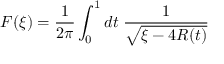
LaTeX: F ( \xi ) = \frac { 1 } { 2 \pi } \int _ { 0 } ^ { 1 } d t \; \frac { 1 } { \sqrt { \xi - 4 R ( t ) } }